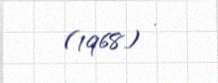
(1968) .